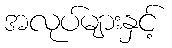
အလုပ်များနှင့်